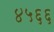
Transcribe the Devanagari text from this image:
४५६६